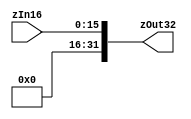
module zero_extend(zOut32,zIn16);
output [31:0] zOut32;
input [15:0] zIn16;
assign zOut32 = {{16{1'b0}},zIn16};
endmodule